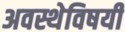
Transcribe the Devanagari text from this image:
अवस्थेविषयी